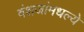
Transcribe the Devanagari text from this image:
वंशजांमधल्ये